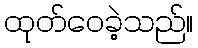
ထုတ်ဝေခဲ့သည်။